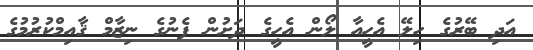
އަދި ބޭރުގެ ހިލޭ އެހީއާ ލޯން އެހީގެ ދަށުން ފެނުގެ ނިޒާމް ޤާއިމްކުރުމުގެ